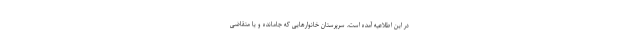
در این اطلاعیه آمده است، سرپرستان خانوارهایی که جامانده‌ و یا متقاضی